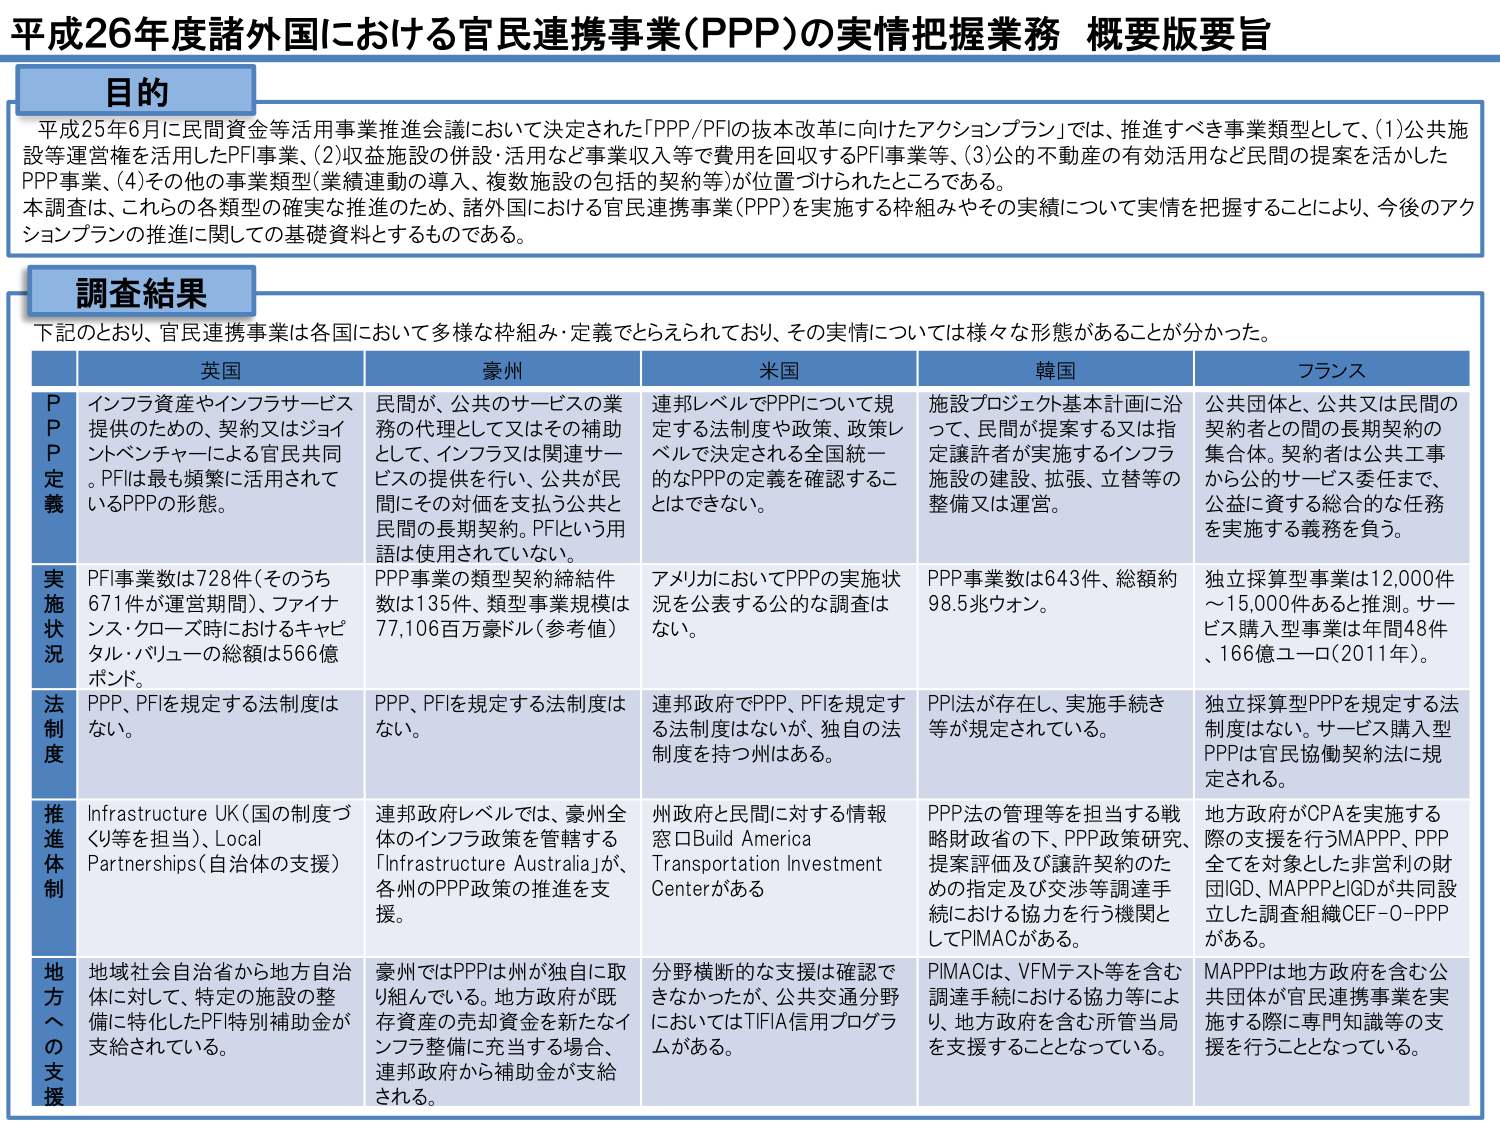
平成26年度諸外国における官民連携事業(PPP)の実情把握業務 概要版要旨

目的
平成25年6月に民間資金等活用事業推進会議において決定された「PPP/PFIの抜本改革に向けたアクションプラン」では、推進すべき事業類型として、(1)公共施設等運営権を活用したPFI事業、(2)収益施設の併設・活用など事業収入等で費用を回収するPFI事業等、(3)公的不動産の有効活用など民間の提案を活かしたPPP事業、(4)その他の事業類型(業績連動の導入、複数施設の包括的契約等)が位置づけられたところである。
本調査は、これらの各類型の確実な推進のため、諸外国における官民連携事業(PPP)を実施する枠組みやその実績について実情を把握することにより、今後のアクションプランの推進に関しての基礎資料とするものである。

調査結果
下記のとおり、官民連携事業は各国において多様な枠組み・定義でとらえられており、その実情については様々な形態があることが分かった。

英国 豪州 米国 韓国 フランス

PPP定義
インフラ資産やインフラサービス提供のための、契約又はジョイントベンチャーによる官民共同。PFIは最も頻繁に活用されているPPPの形態。
民間が、公共のサービスの業務の代理として又はその補助として、インフラ又は関連サービスの提供を行い、公共が民間にその対価を支払う公共と民間の長期契約。PFIという用語は使用されていない。
連邦レベルでPPPについて規定する法制度や政策、政策レベルで決定される全国統一的なPPPの定義を確認することはできない。
施設プロジェクト基本計画に沿って、民間が提案する又は指定譲許者が実施するインフラ施設の建設、拡張、立替等の整備又は運営。
公共団体と、公共又は民間の契約者との間の長期契約の集合体。契約者は公共工事から公的サービス委任まで、公益に資する総合的な任務を実施する義務を負う。

実施状況
PFI事業数は728件（そのうち671件が運営期間）、ファイナンス・クローズ時におけるキャピタル・バリューの総額は566億ポンド。
PPP事業の類型契約締結件数は135件、類型事業規模は77,106百万豪ドル（参考値）
アメリカにおいてPPPの実施状況を公表する公的な調査はない。
PPP事業数は643件、総額約98.5兆ウォン。
独立採算型事業は12,000件～15,000件あると推測。サービス購入型事業は年間48件、166億ユーロ（2011年）。

法制度
PPP、PFIを規定する法制度はない。
PPP、PFIを規定する法制度はない。
連邦政府でPPP、PFIを規定する法制度はないが、独自の法制度を持つ州はある。
PPI法が存在し、実施手続き等が規定されている。
独立採算型PPPを規定する法制度はない。サービス購入型PPPは官民協働契約法に規定される。

推進体制
Infrastructure UK（国の制度づくり等を担当）、Local Partnerships（自治体の支援）
連邦政府レベルでは、豪州全体のインフラ政策を管轄する「Infrastructure Australia」が、各州のPPP政策の推進を支援。
州政府と民間に対する情報窓口Build America Transportation Investment Centerがある。
PPP法の管理等を担当する戦略財政省の下、PPP政策研究、提案評価及び譲許契約のための指定及び交渉等調達手続における協力をを行う機関としてPIMACがある。
地方政府がCPAを実施する際の支援を行うMAPPP、PPP全てを対象とした非営利の財団IGD、MAPPPとIGDが共同設立した調査組織CEF-O-PPPがある。

地方への支援
地域社会自治省から地方自治体に対して、特定の施設の整備に特化したPFI特別補助金が支給されている。
豪州ではPPPは州が独自に取り組んでいる。地方政府が既存資産の売却資金を新たなインフラ整備に充当する場合、連邦政府から補助金が支給される。
分野横断的な支援は確認できないが、公共交通分野においてはTIFIA信用プログラムがある。
PIMACは、VFMテスト等を含む調達手続における協力等によって、地方政府を含む所管当局を支援することとなっている。
MAPPPは地方政府を含む公共団体が官民連携事業を実施する際に専門知識等の支援を行うこととなっている。